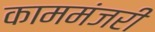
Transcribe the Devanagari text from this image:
काममंजरी